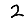
Digit: 2